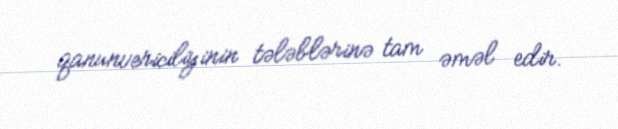
qanunvericiliyinin tələblərinə tam əməl edir.